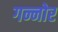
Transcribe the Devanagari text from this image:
गन्नोर